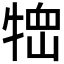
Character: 𤚞